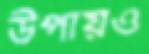
উপায়ও